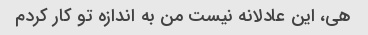
هی، این عادلانه نیست من به اندازه تو کار کردم